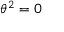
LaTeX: \theta ^ { 2 } = 0